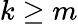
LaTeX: k\ge m